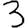
Digit: 3